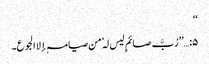
‘‘
۵:…’’رُبَّ صائمٍ لیس لہٗ من صیامہٖ إلا الجوع۔